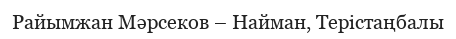
Райымжан Мәрсеков – Найман, Терістаңбалы